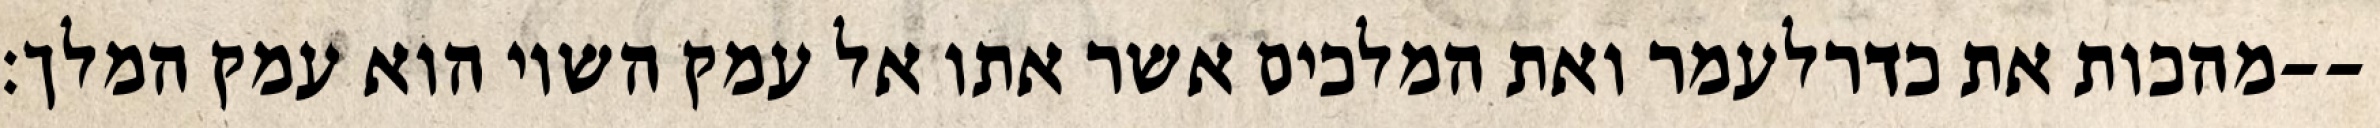
מהכות את כדרלעמר ואת המלכים אשר אתו אל עמק השוי הוא עמק המלך׃--